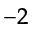
^ { - 2 }